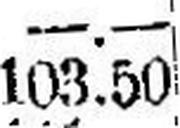
103.50